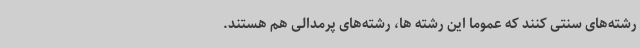
رشته‌های سنتی کنند که عموما این رشته ها، رشته‌های پرمدالی هم هستند.